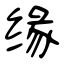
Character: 缘